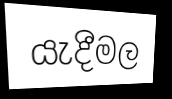
යැදීමල